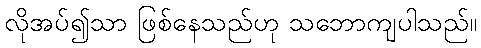
လိုအပ်၍သာ ဖြစ်နေသည်ဟု သဘောကျပါသည်။